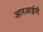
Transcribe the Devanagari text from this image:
आरआईपी